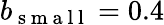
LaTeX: b_{\mathrm{~s~m~a~l~l~}}=0.4